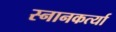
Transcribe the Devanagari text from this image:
स्नानकर्त्या